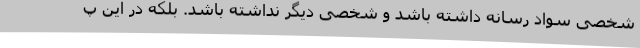
شخصی سواد رسانه داشته باشد و شخصی دیگر نداشته باشد. بلکه در این پ